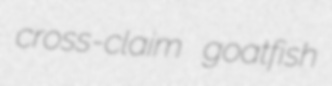
cross-claim goatfish